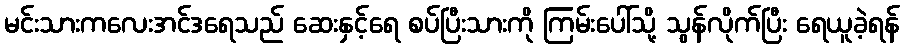
မင်းသားကလေးအင်ဒရေသည် ဆေးနှင့်ရေ စပ်ပြီးသားကို ကြမ်းပေါ်သို့ သွန်လိုက်ပြီး ရေယူခဲ့ရန်